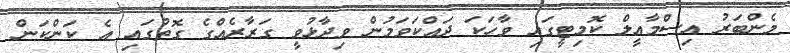
މެންބަރު އިސްމާއީލް ކޮމިޓީގައި ވާހަކަ ދައްކަވަމުން ވިދާޅުވީ ގަރާރެއްގެ ގޮތުގައި އެ ކަންކަން